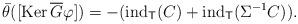
LaTeX: \begin{align*}\bar\theta([\textnormal{Ker}\,\overline{G}\varphi])=-(\textnormal{ind}_\mathsf{T}(C)+\textnormal{ind}_\mathsf{T}(\Sigma^{-1}C)).\end{align*}